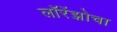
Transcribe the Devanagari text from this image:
लॉरेंझोचा